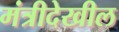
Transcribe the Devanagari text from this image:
मंत्रीदेखील